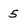
Character: 5